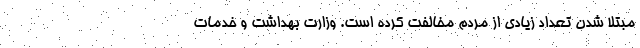
مبتلا شدن تعداد زیادی از مردم مخالفت کرده است. وزارت بهداشت و خدمات